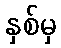
နှစ်မှ